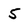
Character: 5